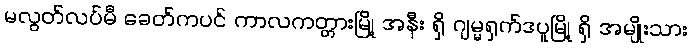
မလွတ်လပ်မီ ခေတ်ကပင် ကာလကတ္တားမြို့ အနီး ရှိ ဂျမ္မရှက်ဒပူမြို့ ရှိ အမျိုးသား